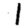
Digit: 1